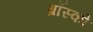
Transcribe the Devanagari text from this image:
ब्रॉस्को